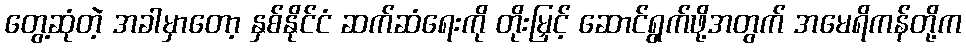
တွေ့ဆုံတဲ့ အခါမှာတော့ နှစ်နိုင်ငံ ဆက်ဆံရေးကို တိုးမြှင့် ဆောင်ရွက်ဖို့အတွက် အမေရိကန်တို့က